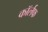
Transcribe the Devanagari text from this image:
कॉर्लफ